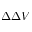
\Delta \Delta V